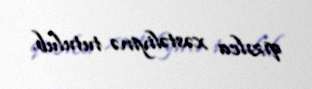
qızılca xəstəliyinə tutulub.